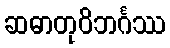
ဆဓာတုဝိဘင်္ဂဿ